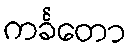
ကင်္ခတော